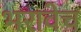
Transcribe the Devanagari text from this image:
भरावेच